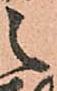
之